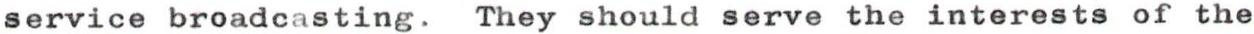
service broadcasting. They should serve the interests of the